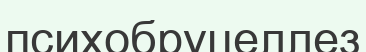
психобруцеллез